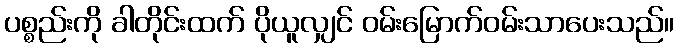
ပစ္စည်းကို ခါတိုင်းထက် ပိုယူလျှင် ဝမ်းမြောက်ဝမ်းသာပေးသည်။